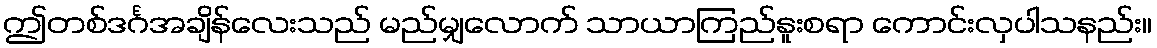
ဤတစ်ဒင်္ဂအချိန်လေးသည် မည်မျှလောက် သာယာကြည်နူးစရာ ကောင်းလှပါသနည်း။